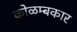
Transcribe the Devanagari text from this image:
कोळम्बकार